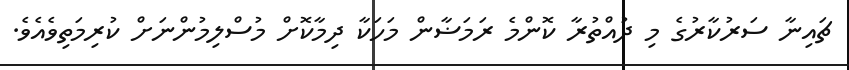
ޗައިނާ ސަރުކާރުގެ މި ދުއްތުރާ ކޮންމެ ރަމަޟާން މަހަކާ ދިމާކޮށް މުސްލިމުންނަށް ކުރިމަތިވެއެވެ.